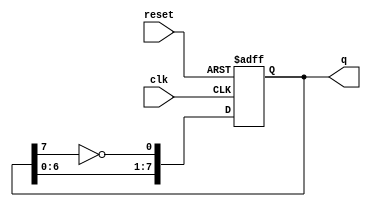
module johnson_counter (
    input wire clk,          // Clock signal
    input wire reset,        // Asynchronous reset signal
    output reg [7:0] q       // 8-bit output of the counter
);

// Always block triggered on the rising edge of the clock or when reset is asserted
always @(posedge clk or posedge reset) begin
    if (reset) begin
        // Initialize the counter to 00000000 on reset
        q <= 8'b00000000;
    end else begin
        // Johnson counter state transition
        q[0] <= ~q[7]; // D0 = NOT Q7
        q[1] <= q[0];  // D1 = Q0
        q[2] <= q[1];  // D2 = Q1
        q[3] <= q[2];  // D3 = Q2
        q[4] <= q[3];  // D4 = Q3
        q[5] <= q[4];  // D5 = Q4
        q[6] <= q[5];  // D6 = Q5
        q[7] <= q[6];  // D7 = Q6
    end
end

endmodule